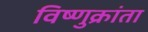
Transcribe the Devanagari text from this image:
विष्णुक्रांता